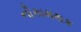
નૌકામથક